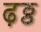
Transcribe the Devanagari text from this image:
ढ़ठ्ठ